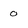
Character: 0